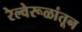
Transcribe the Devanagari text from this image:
रेल्वेरूळांतून